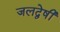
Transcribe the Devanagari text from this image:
जलद्वेषी